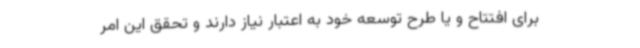
برای افتتاح و یا طرح توسعه خود به اعتبار نیاز دارند و تحقق این امر